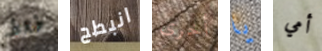
طھط انبطح أخرى يا أمي